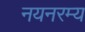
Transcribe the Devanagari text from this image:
नयनरम्‍य